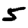
Digit: 5